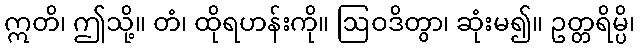
ဣတိ၊ ဤသို့။ တံ၊ ထိုရဟန်းကို။ ဩဝဒိတွာ၊ ဆုံးမ၍။ ဥတ္တရိမ္ပိ၊